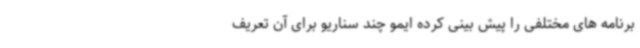
برنامه های مختلفی را پیش بینی کرده ایمو چند سناریو برای آن تعریف